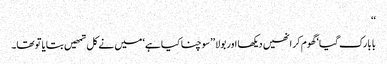
‘‘
بابا رک گیا‘ گھوم کر انھیں دیکھا اور بولا ’’سوچنا کیا ہے‘ میں نے کل تمھیں بتایا تو تھا۔